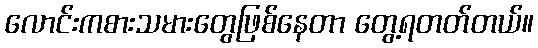
လောင်းကစားသမားတွေဖြစ်နေတာ တွေ့ရတတ်တယ်။